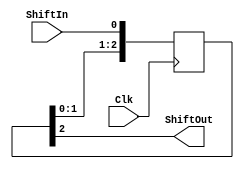
module delay_line3_behavior(
    input Clk,
    input ShiftIn,
    output ShiftOut
    );

    reg [2:0] shift_reg;
 
    always @(posedge Clk)
          shift_reg <= {shift_reg[1:0], ShiftIn};
 
    assign ShiftOut = shift_reg[2];
    
endmodule